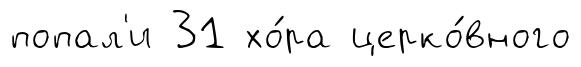
попал'и 31 хо́ра церко́вного